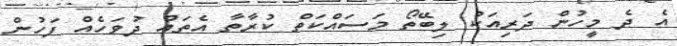
އެ ދެ މީހުން ދަރިއަކު ލިބޭތޯ މަސައްކަތް ކުރާތާ އެތައް ދުވަހެއް ފަހުން